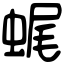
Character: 𧋦